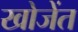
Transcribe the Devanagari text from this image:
खोजेंत